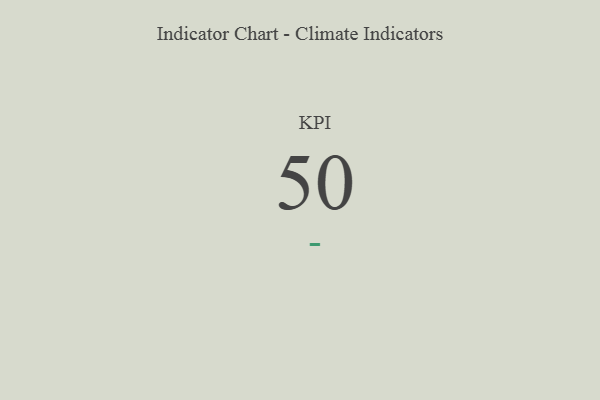
{"axis": {"x": "KPI", "y": "Value"}, "legend": [""], "data": [{"x": "KPI", "y": 50, "type": ""}]}